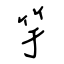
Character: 竽